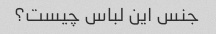
جنس این لباس چیست؟